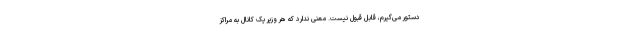
دستور می‌گیرم، قابل قبول نیست. معنی ندارد که هر وزیر یک کانال به مراکز